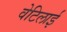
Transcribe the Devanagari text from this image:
वेटिलाई